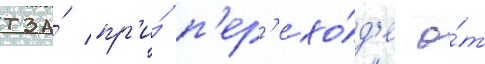
тза́ пр'и́ п'ер'ехо́д'е о́т